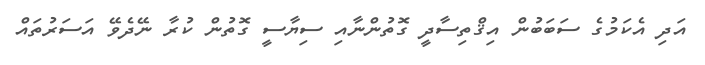
އަދި އެކަމުގެ ސަބަބުން އިޤްތިސާދީ ގޮތުންނާއި ސިޔާސީ ގޮތުން ކުރާ ނޭދެވޭ އަސަރުތައް